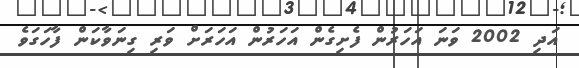
އަދި 2002 ވަނަ އަހަރުން ފެށިގެން އަހަރުން އަހަރަށް ވަރި ގިނަވާކަން ފާހަގަވެ